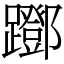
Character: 䠬